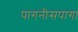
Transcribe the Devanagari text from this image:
पागनीसपागा